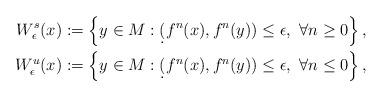
LaTeX: \begin{align*} W^s_{\epsilon} (x) &:= \left\{y\in M : \d(f^n(x),f^n(y))\leq\epsilon ,\ \forall n \geq 0\right\}, \\ W^u_{\epsilon } (x) &:= \left\{y\in M : \d(f^n(x),f^n(y))\leq\epsilon ,\ \forall n \leq 0\right\},\end{align*}